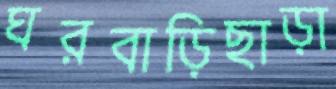
ঘরবাড়িছাড়া